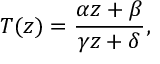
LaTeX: T ( z ) = { \frac { \alpha z + \beta } { \gamma z + \delta } } ,